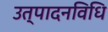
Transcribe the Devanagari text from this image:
उत्पादनविधि